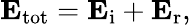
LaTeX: \mathbf{E}_{\mathrm{tot}}=\mathbf{E}_{\mathrm{i}}+\mathbf{E}_{\mathrm{r}},